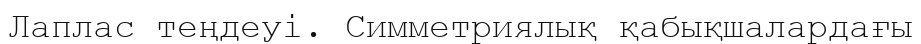
Лаплас теңдеуі. Симметриялық қабықшалардағы